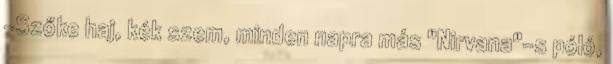
-Szőke haj, kék szem, minden napra más "Nirvana"-s póló,